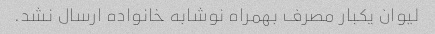
لیوان یکبار مصرف بهمراه نوشابه خانواده ارسال نشد.